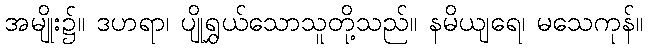
အမျိုး၌။ ဒဟရာ၊ ပျိုရွှယ်သောသူတို့သည်။ နမိယျရေ၊ မသေကုန်။